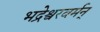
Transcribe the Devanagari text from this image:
भद्रेश्वरवर्मन्